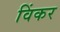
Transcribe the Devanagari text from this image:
विंकर